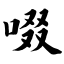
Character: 啜